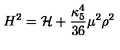
H ^ { 2 } = { \cal H } + \frac { \kappa _ { 5 } ^ { 4 } } { 3 6 } \mu ^ { 2 } \rho ^ { 2 }